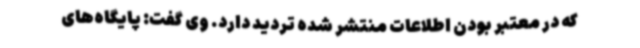
که در معتبر بودن اطلاعات منتشر شده تردید دارد. وی گفت: پایگاه‌های